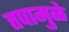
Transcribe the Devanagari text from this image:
तपामुळे